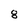
Character: 8